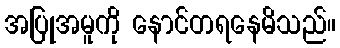
အပြုအမူကို နောင်တရနေမိသည်။